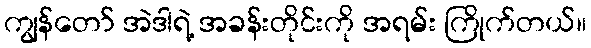
ကျွန်တော် အဲဒါရဲ့ အခန်းတိုင်းကို အရမ်း ကြိုက်တယ်။